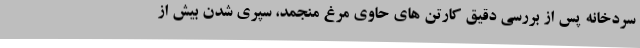
سردخانه پس از بررسی دقیق کارتن های حاوی مرغ منجمد، سپری شدن بیش از